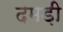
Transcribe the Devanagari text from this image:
दमड़ी